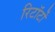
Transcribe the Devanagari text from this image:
रिटॉर्टों